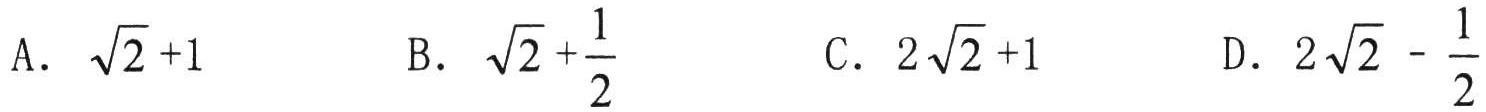
A. \(\sqrt{2}+1\)  B. \(\sqrt{2}+\dfrac{1}{2}\)  C. \(2\sqrt{2}+1\)  D. \(2\sqrt{2}-\dfrac{1}{2}\)